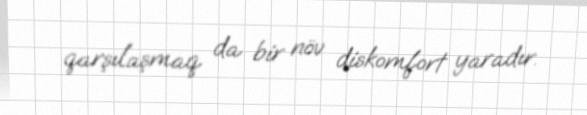
qarşılaşmaq da bir növ diskomfort yaradır.